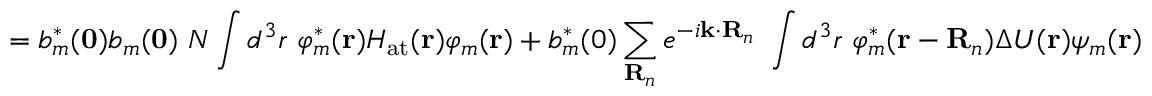
= b _ { m } ^ { * } ( \mathbf { 0 } ) b _ { m } ( \mathbf { 0 } ) \ N \int d ^ { 3 } r \ \varphi _ { m } ^ { * } ( \mathbf { r } ) H _ { \mathrm { a t } } ( \mathbf { r } ) \varphi _ { m } ( \mathbf { r } ) + b _ { m } ^ { * } ( 0 ) \sum _ { \mathbf { R } _ { n } } e ^ { - i \mathbf { k } \cdot \mathbf { R } _ { n } } \ \int d ^ { 3 } r \ \varphi _ { m } ^ { * } ( \mathbf { r } - \mathbf { R } _ { n } ) \Delta U ( \mathbf { r } ) \psi _ { m } ( \mathbf { r } )